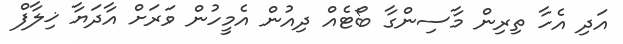
އަދި އެހާ ތިރިން މާސިންގާ ބޯޓެއް ދިއުން އެމީހުން ވަރަށް އާދަޔާ ޚިލާފް